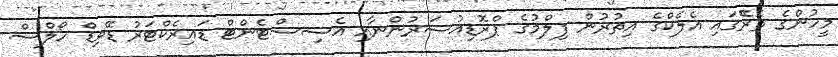
މީހުންގެ ތެރޭެގައި އެލެކްގެ އިތުރުން ފިލްމުގެ ޕްރޮޑިއުސަރުންނާއި އެސިސްޓެންޓް ޑައިރެކްޓަރު ޑޭވިޑް ހޯލްސް